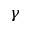
\gamma